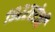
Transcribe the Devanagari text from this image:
१९२२रोजी